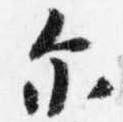
示